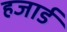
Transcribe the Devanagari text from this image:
हजार्ड